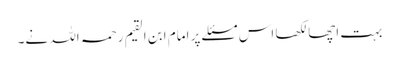
بہت اچھا لکھا اس مسئلے پر امام ابن القیم رحمہ اللہ نے۔